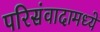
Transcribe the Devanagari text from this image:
परिसंवादामध्ये